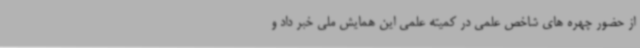
از حضور چهره های شاخص علمی در کمیته علمی این همایش ملی خبر داد و